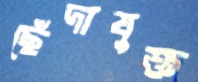
ছেঁদাযুক্ত